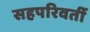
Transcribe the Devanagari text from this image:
सहपरिवर्ती